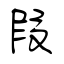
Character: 叚